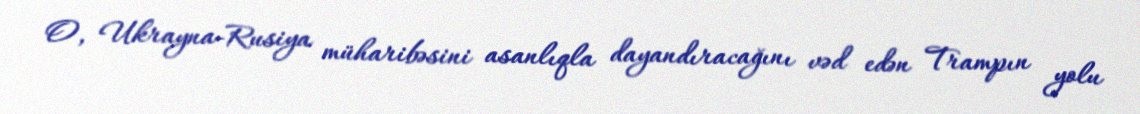
O, Ukrayna-Rusiya müharibəsini asanlıqla dayandıracağını vəd edən Trampın yolu